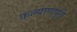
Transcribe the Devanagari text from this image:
कल्याणपुरी